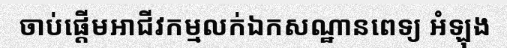
ចាប់ផ្តើមអាជីវកម្មលក់ឯកសណ្ឋានពេទ្យ អំឡុង